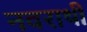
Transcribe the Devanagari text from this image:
नवराथी